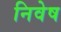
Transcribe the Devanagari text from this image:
निवेष